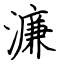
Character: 濂